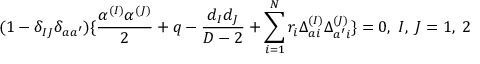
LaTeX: ( 1 - \delta _ { I J } \delta _ { a a ^ { \prime } } ) \{ { \frac { \alpha ^ { ( I ) } \alpha ^ { ( J ) } } { 2 } } + q - { \frac { d _ { I } d _ { J } } { D - 2 } } + \sum _ { i = 1 } ^ { N } r _ { i } \Delta _ { a i } ^ { ( I ) } \Delta _ { a ^ { \prime } i } ^ { ( J ) } \} = 0 , \; I , \; J = 1 , \; 2